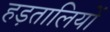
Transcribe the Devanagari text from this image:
हड़तालियों